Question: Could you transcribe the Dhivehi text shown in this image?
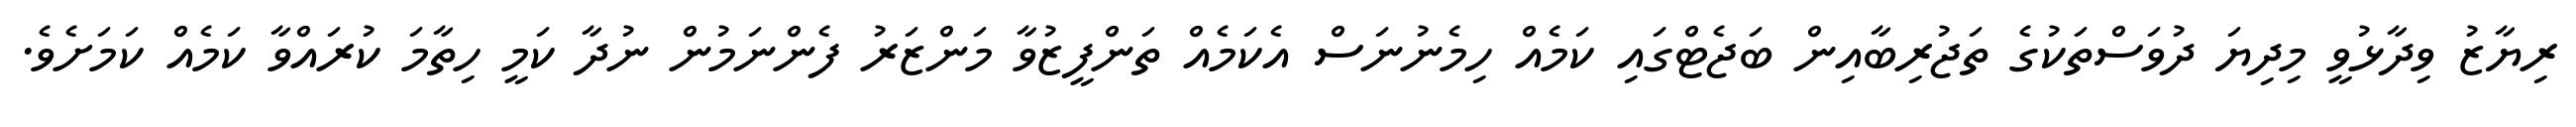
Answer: ރިޔާޒު ވިދާޅުވީ މިދިޔަ ދުވަސްތަކުގެ ތަޖުރިބާއިން ބަޖެޓްގައި ކަމެއް ހިމެނުނަސް އެކަމެއް ތަންފީޒުވާ މަންޒަރު ފެންނަމުން ނުދާ ކަމީ ހިތާމަ ކުރައްވާ ކަމެއް ކަމަށެވެ.